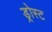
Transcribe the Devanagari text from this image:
ड्रोस्ट